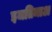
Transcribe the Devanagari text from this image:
इजतिमाअ